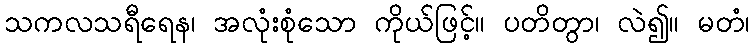
သကလသရီရေန၊ အလုံးစုံသော ကိုယ်ဖြင့်။ ပတိတွာ၊ လဲ၍။ မတံ၊